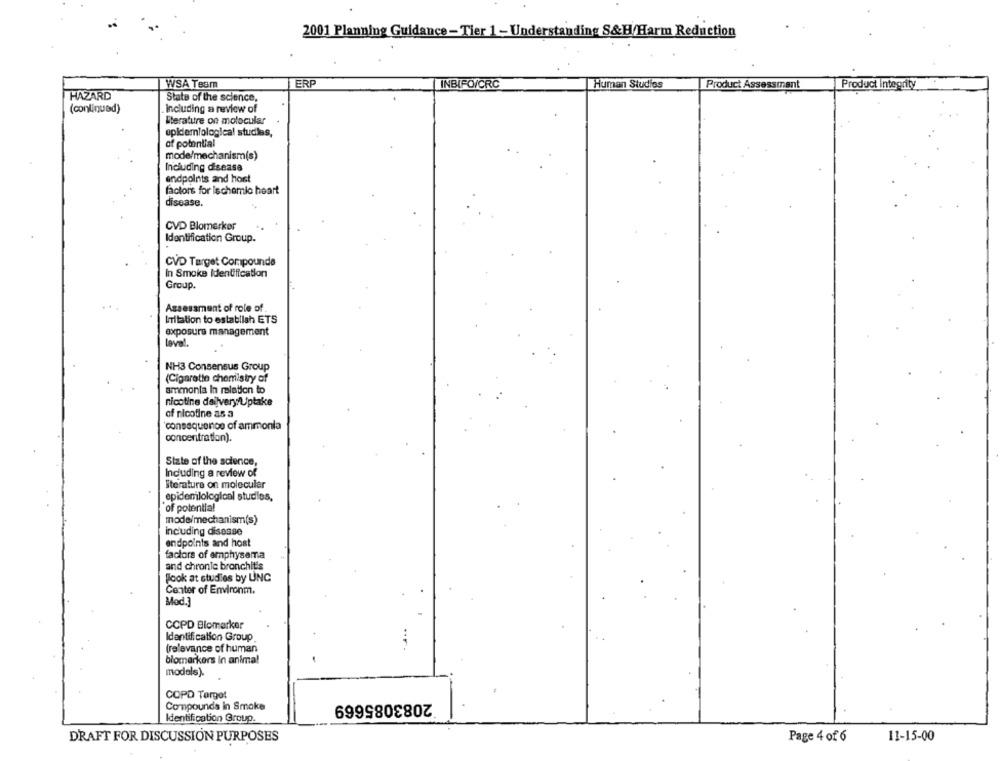
2001 Planning Guidance -Tier 1 - Understanding S&H/Harm Reduction
WSA Team
ERP
INBIFO/CRC
Human Studies
Product Assessment
Product Integrity
HAZARD
State of the science,
(continued)
. including a review of
literature on molecular
epidemiological studies,
of potential
mode/mechanism(s)
Including disease
endpoints and host
factors for Ischemic heart
disease.
CVD Blomerker
Identification Group.
CVD Target Compounde
In Smoke Identification
Group.
Assessment of role of
ITitation to establish ETS
exposure management
level.
NH3 Consensus Group
(Cigarette chemistry of
ammonia In relation to
nicotine dailvery Uptake
of nicotine as a
consequence of ammonia
concentration).
State of the science,
Including a review of
Iterature on molecular
epidemiological studies,
of potential
mode/mechanism(s)
including disease
endpoints and host
factors of emphysema
and chronic bronchitis
Jlook at studies by UNC
Center of Environm.
Med.3
COPD Blomarker
Identification Group
(relevance of human
biomarkers in anima!
models).
COPD Torget
2083085669
Compounds in Smoke
Identification Group.
DRAFT FOR DISCUSSION PURPOSES
Page 4 of 6
11-15-00